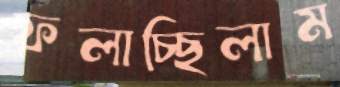
ফলাচ্ছিলাম